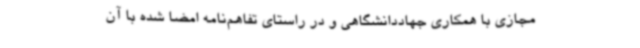
مجازی با همکاری جهاددانشگاهی و در راستای تفاهم‌نامه امضا شده با آن